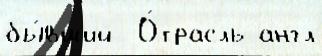
бы́вший  О́трасль англ